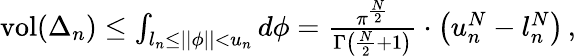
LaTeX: \begin{array}{r}{\textrm{vol}(\Delta_{n})\le\int_{l_{n}\leq\vert\vert\phi\vert\vert<u_{n}}d\phi=\frac{\pi^{\frac{N}{2}}}{\Gamma\left(\frac{N}{2}+1\right)}\cdot\left(u_{n}^{N}-l_{n}^{N}\right)\, ,}\end{array}